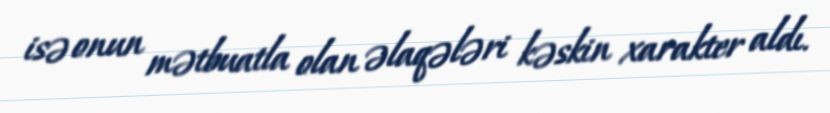
isə onun mətbuatla olan əlaqələri kəskin xarakter aldı.